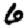
Digit: 6